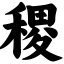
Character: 稷